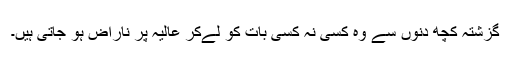
گزشتہ کچھ دنوں سے وہ کسی نہ کسی بات کو لےکر عالیہ پر ناراض ہو جاتی ہیں۔